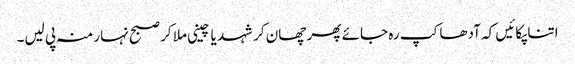
اتنا پکائیں کہ آدھا کپ رہ جائے پھر چھان کر شہد یا چینی ملا کر صبح نہار منہ پی لیں۔